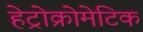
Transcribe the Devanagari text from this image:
हेट्रोक्रोमेटिक